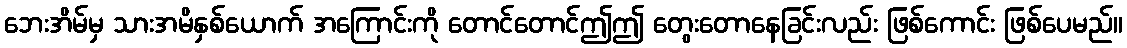
ဘေးအိမ်မှ သားအမိနှစ်ယောက် အကြောင်းကို တောင်တောင်ဤဤ တွေးတောနေခြင်းလည်း ဖြစ်ကောင်း ဖြစ်ပေမည်။